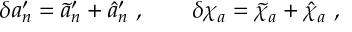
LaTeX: \delta a _ { n } ^ { \prime } = \tilde { a } _ { n } ^ { \prime } + \hat { a } _ { n } ^ { \prime } \ , \qquad \delta \chi _ { a } = \tilde { \chi } _ { a } + \hat { \chi } _ { a } \ ,